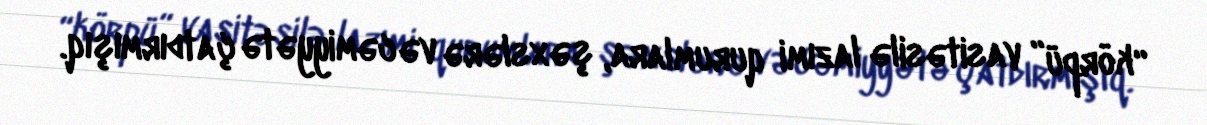
“körpü” vasitəsilə lazımi qurumlara, şəxslərə və cəmiyyətə çatdırmışıq.